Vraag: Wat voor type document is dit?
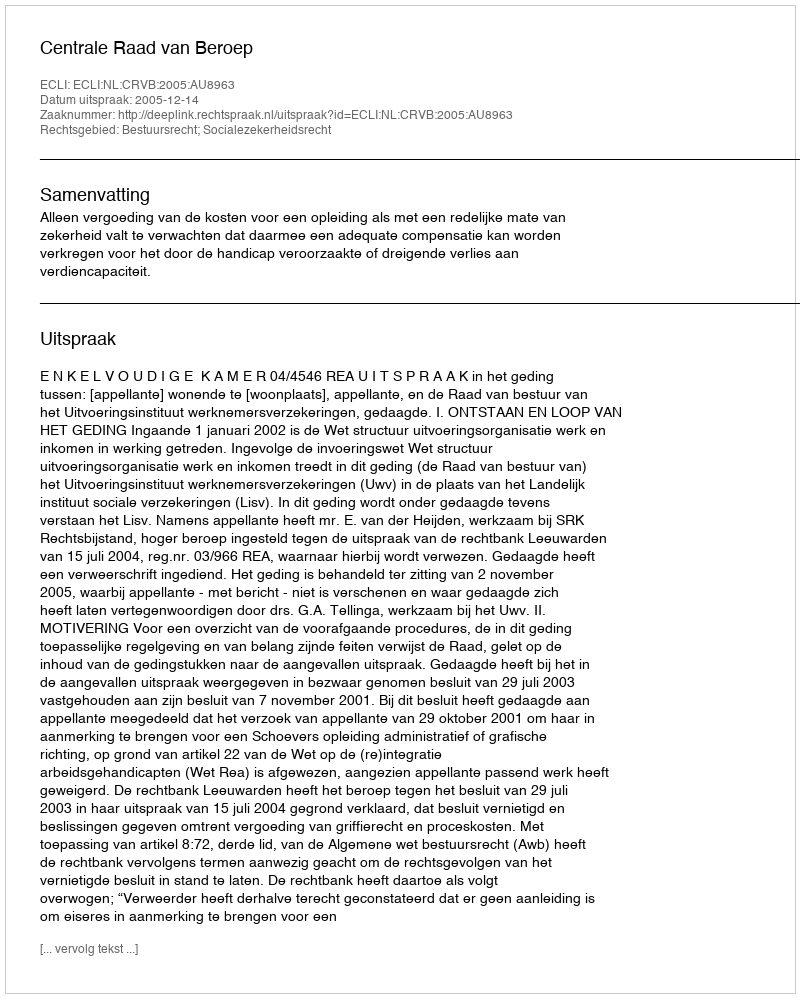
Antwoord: Uitspraak